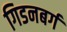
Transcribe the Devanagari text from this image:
गिडनबर्ग